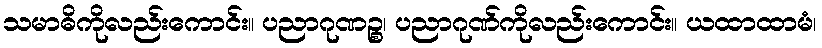
သမာဓိကိုလည်းကောင်း။ ပညာဂုဏဉ္စ၊ ပညာဂုဏ်ကိုလည်းကောင်း။ ယထာထာမံ၊